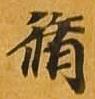
脩